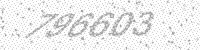
Solution: 796603